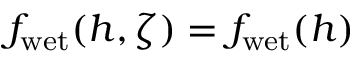
f _ { \mathrm { w e t } } ( h , \zeta ) = f _ { \mathrm { w e t } } ( h )